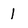
Character: 1